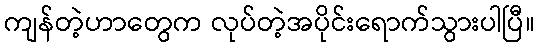
ကျန်တဲ့ဟာတွေက လုပ်တဲ့အပိုင်းရောက်သွားပါပြီ။